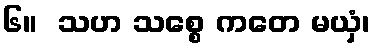
၆။  သဟ သစ္စေ ကတေ မယှံ၊